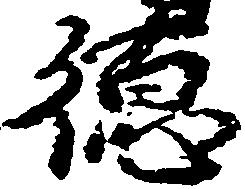
徳